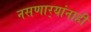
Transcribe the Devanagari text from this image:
नसणार्‍यांनाही